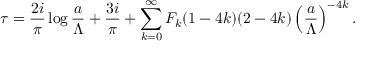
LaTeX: \tau = { \frac { 2 i } { \pi } } \log { \frac { a } { \Lambda } } + { \frac { 3 i } { \pi } } + \sum _ { k = 0 } ^ { \infty } { \cal F } _ { k } ( 1 - 4 k ) ( 2 - 4 k ) \left( { \frac { a } { \Lambda } } \right) ^ { - 4 k } .